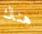
هناك